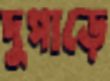
দুপাড়ে